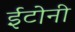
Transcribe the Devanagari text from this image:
ईटोनी